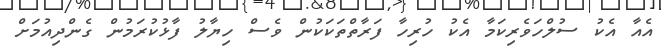
އެއާ އެކު ސުލްހަވެރިކަމާ އެކު ހުރިހާ ފަރާތްތަކަކުން ވެސް ހިޔާލު ފާޅުކުރަމުން ގެންދިއުމަށް